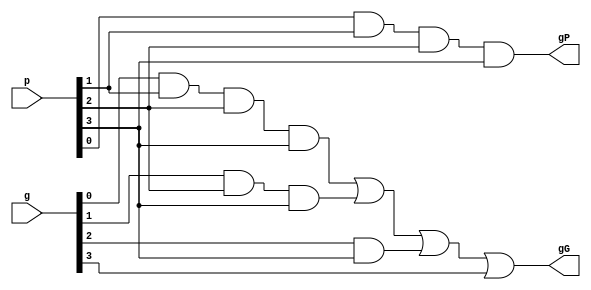
module gPG_generator( p, g, gG, gP);

	input [3:0] p, g;
	output gG, gP;

	assign gG = (g[0] & p[1] & p[2] & p[3])|(g[1]&p[2]&p[3])|(g[2]&p[3])|g[3];
	assign gP = p[0] & p[1] & p[2] & p[3];
	
endmodule